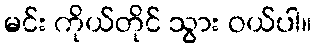
မင်း ကိုယ်တိုင် သွား ဝယ်ပါ။